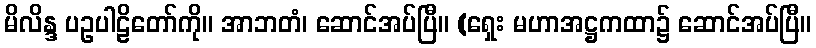
မိလိန္ဒ ပဥပါဠိတော်ကို။ အာဘတံ၊ ဆောင်အပ်ပြီ။ (ရှေး မဟာအဋ္ဌကထာ၌ ဆောင်အပ်ပြီ။